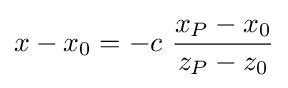
x-x_{0}=-c\ {\frac {x_{P}-x_{0}}{z_{P}-z_{0}}}